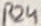
Text: R24